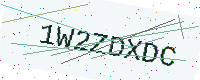
Text: 1W2ZDXDC